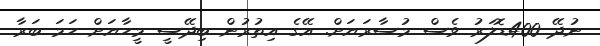
ނުދޭ 400ޑޮލަރު ވެސް މުސާރަޔަށް. އޭގެ އިތުރުން ބިދޭސީ މީހާޔަށް ހަމަ ބަރާ